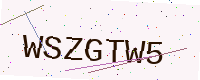
Text: WSZGTW5